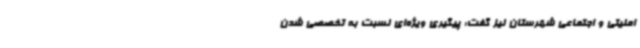
امنیتی و اجتماعی شهرستان نیز گفت: پیگیری ویژه‌ای نسبت به تخصصی شدن